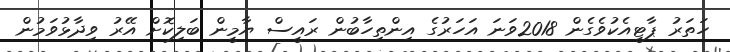
ހަތަރު ޕާޓީއެކުވެގެން 2018ވަނަ އަހަރުގެ އިންތިހާބުން ރައީސް ޔާމީން ބަލިކޮށް އޭރު ވިދާޅުވަމުން